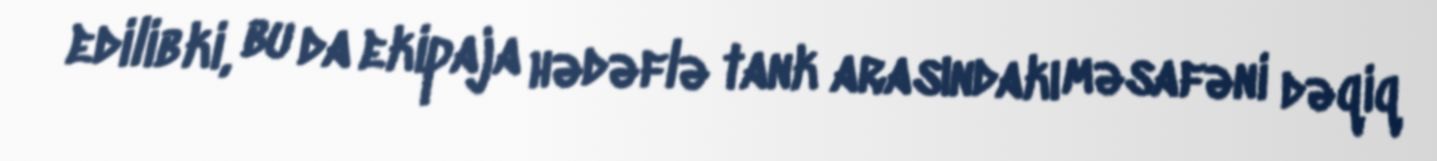
edilib ki, bu da ekipaja hədəflə tank arasındakı məsafəni dəqiq